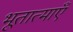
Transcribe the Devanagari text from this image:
भूतात्माएँ